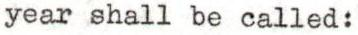
year shall be called: